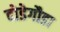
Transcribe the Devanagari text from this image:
दोडेगौडा